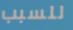
للسبب